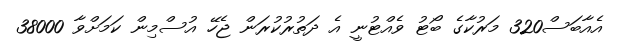
އެއާބަސް320 މަރުކާގެ ބޯޓު ވެއްޓުނީ އެ ދަތުރުކުރަން ޖެހޭ އުސްމިން ކަމަށްވާ 38000